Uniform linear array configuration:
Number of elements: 48
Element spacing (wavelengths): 0.5
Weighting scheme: binomial
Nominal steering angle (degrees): -15
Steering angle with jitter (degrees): -13.593
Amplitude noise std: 0.05
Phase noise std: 0.05

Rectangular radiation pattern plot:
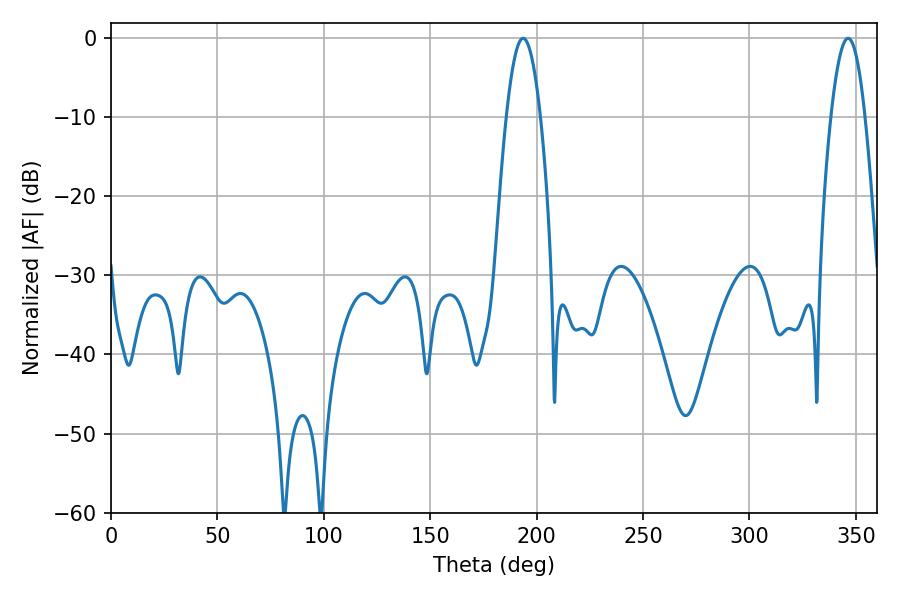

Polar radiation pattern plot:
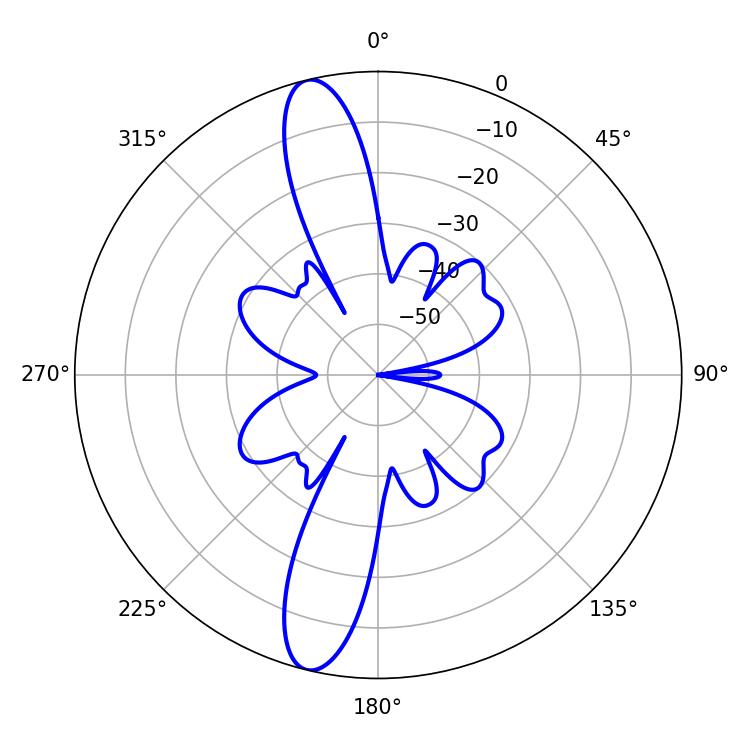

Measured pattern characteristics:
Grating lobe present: FALSE
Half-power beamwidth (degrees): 8.64
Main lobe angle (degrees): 193.68